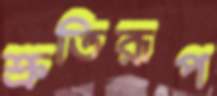
শ্রুতিরূপ